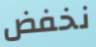
نخفض